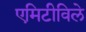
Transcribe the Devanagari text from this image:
एमिटीविले